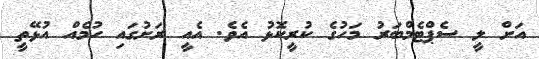
އަށް ލީ ސެޕްޓެމްބަރު މަހުގެ ކުރީކޮޅު އެވެ. އެއީ ރަށުގައި ހުމެއް އުޅޭތީ